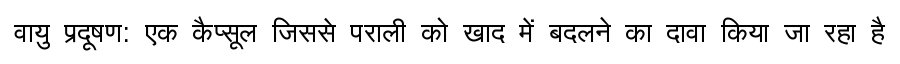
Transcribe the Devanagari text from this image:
वायु प्रदूषण: एक कैप्सूल जिससे पराली को खाद में बदलने का दावा किया जा रहा है